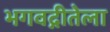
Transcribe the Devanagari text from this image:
भगवद्गीतेला